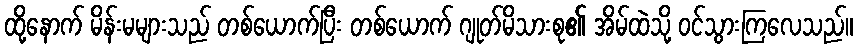
ထို့နောက် မိန်းမများသည် တစ်ယောက်ပြီး တစ်ယောက် ဂျုတ်မိသားစု၏ အိမ်ထဲသို့ ဝင်သွားကြလေသည်။